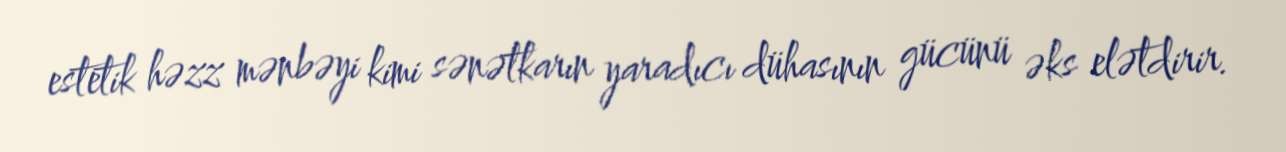
estetik həzz mənbəyi kimi sənətkarın yaradıcı dühasının gücünü əks elətdirir.